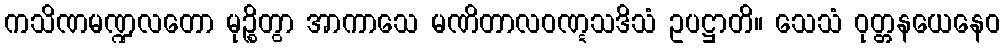
ကသိဏမဏ္ဍလတော မုဉ္စိတွာ အာကာသေ မဏိတာလဝဏ္ဋသဒိသံ ဥပဋ္ဌာတိ။ သေသံ ဝုတ္တနယေနေဝ